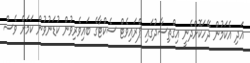
އަދި އެކަމުން ދޭހަކޮށްދެނީ އިގްތިސާދުގައި ޕްރައިވެޓް ސެކްޓާގެ ބައިވެރިވުން ކުޑަނުވުން ކަމަށް ވެސް